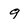
Character: 9